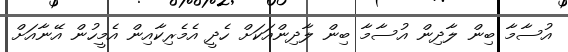
އުސާމާ ބިން ލާދިން އުސާމާ ބިން ލާދިންއަކަށް ހެދީ އެމެރިކާއިން އެމީހުން އޭނާއަށް